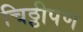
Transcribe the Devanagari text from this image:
चिठ्ठीपण